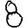
Digit: 8